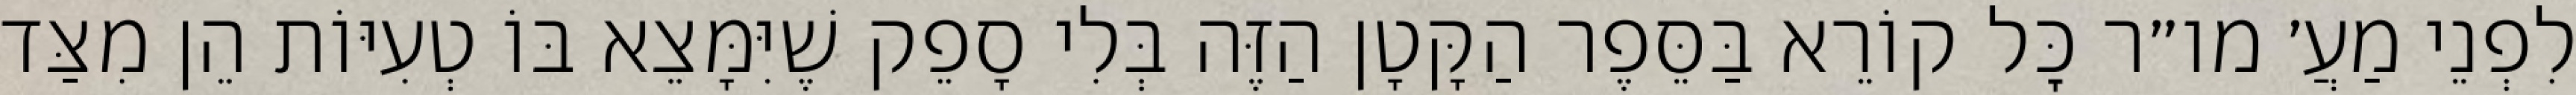
לִפְנֵי מַעֲ׳ מו״ר כׇּל קוֹרֵא בַּסֵּפֶר הַקָּטָן הַזֶּה בְּלִי סָפֵק שֶׁיִּמָּצֵא בּוֹ טְעִיּוֹת הֵן מִצַּד